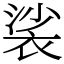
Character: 裟